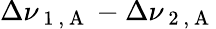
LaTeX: \Delta\nu_{\mathrm{~1~,~A~}}-\Delta\nu_{\mathrm{~2~,~A~}}